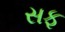
સફ